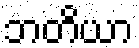
ဘတိယာ